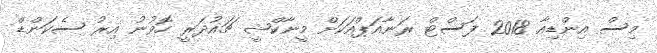
މިސް އިންޑިއާ 2018 ފަސްޓް ރަނާއަޕްއަކަށް މީނާކްޝީ ޗައުދަރީ ހޮވުނު އިރު ސެކަންޑް